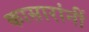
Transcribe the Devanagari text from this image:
कासारांनीं